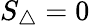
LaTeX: S_{\triangle}=0